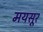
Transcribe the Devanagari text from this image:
मयसूर